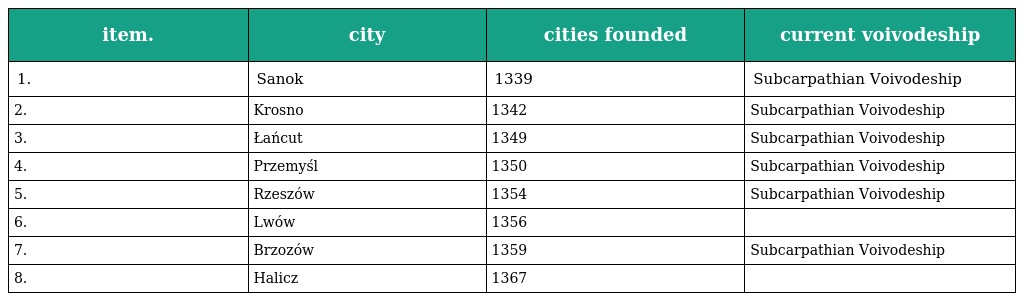
| item. | city | cities founded | current voivodeship |
 | --- | --- | --- | --- |
 | 1. | Sanok | 1339 | Subcarpathian Voivodeship |
 | 2. | Krosno | 1342 | Subcarpathian Voivodeship |
 | 3. | Łańcut | 1349 | Subcarpathian Voivodeship |
 | 4. | Przemyśl | 1350 | Subcarpathian Voivodeship |
 | 5. | Rzeszów | 1354 | Subcarpathian Voivodeship |
 | 6. | Lwów | 1356 |  |
 | 7. | Brzozów | 1359 | Subcarpathian Voivodeship |
 | 8. | Halicz | 1367 |  |